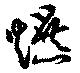
爆